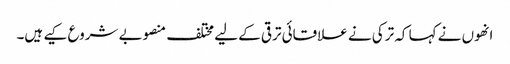
انھوں نے کہا کہ ترکی نے علاقائی ترقی کے لیے مختلف منصوبے شروع کیے ہیں۔